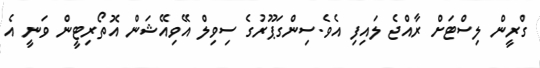
ގްރީން ލިސްޓަށް ރާއްޖެ ލައިފި އެވެ.ސިންގަޕޫރުގެ ސިވިލް އޭވިއޭޝަން އޮތޯރިޓީން ވަނީ އެ